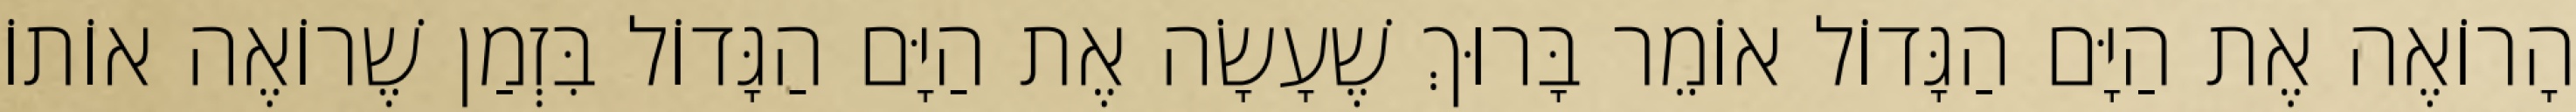
הָרוֹאֶה אֶת הַיָּם הַגָּדוֹל אוֹמֵר בָּרוּךְ שֶׁעָשָׂה אֶת הַיָּם הַגָּדוֹל בִּזְמַן שֶׁרוֹאֶה אוֹתוֹ